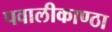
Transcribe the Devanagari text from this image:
पवालीकाण्ठा